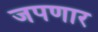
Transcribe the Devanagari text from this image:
जपणार